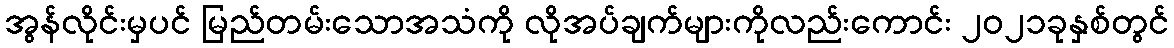
အွန်လိုင်းမှပင် မြည်တမ်းသောအသံကို လိုအပ်ချက်များကိုလည်းကောင်း ၂၀၂၁ခုနှစ်တွင်